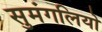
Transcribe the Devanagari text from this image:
सुमंगलियो